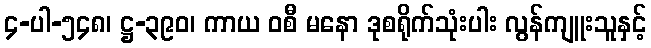
၄-ပါ-၅၄၈၊ ဋ္ဌ-၃၉၀၊ ကာယ ဝစီ မနော ဒုစရိုက်သုံးပါး လွန်ကျူးသူနှင့်